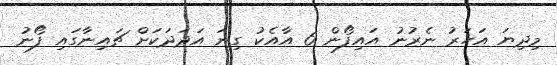
މިދިޔަ އަހަރު ނެރުނު އައިފޯން 6 އާއެކު ގިނަ އަދަދަކަށް ޗައިނާގައި ފޯނު